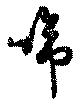
啼